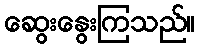
ဆွေးနွေးကြသည်။